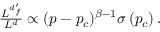
\begin{array} { r } { \frac { L ^ { d _ { f } ^ { \prime } } } { L ^ { d } } \propto ( p - p _ { c } ) ^ { \beta - 1 } \sigma \left( p _ { c } \right) . } \end{array}